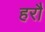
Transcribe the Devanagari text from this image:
हरौ